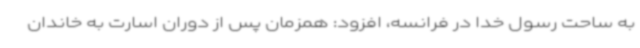
به ساحت رسول خدا در فرانسه، افزود: همزمان پس از دوران اسارت به خاندان